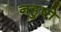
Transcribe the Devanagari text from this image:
नहुषो